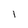
Character: 1